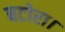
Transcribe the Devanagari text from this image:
बटोरा।